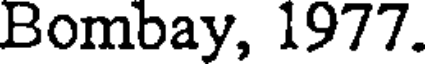
Bombay, 1977.